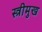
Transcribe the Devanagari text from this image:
स्त्रीमुख